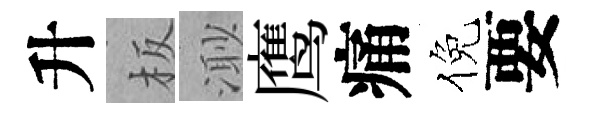
升板𣺌鹰痛倪要